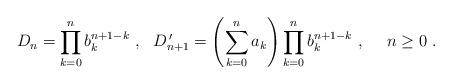
LaTeX: \begin{align*} D_{n} = \prod\limits_{k=0}^{n} b_{k}^{n +1 -k} \ , \ \ D_{n+1}^{\, \prime } =\left(\sum\limits_{k=0}^{n}a_k\right) \prod\limits_{k=0}^{n} b_{k}^{n +1 -k} \ , \ \ \ \ n \geq 0 \ .\end{align*}